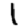
Digit: 1